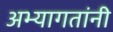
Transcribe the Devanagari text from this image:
अभ्यागतांनी